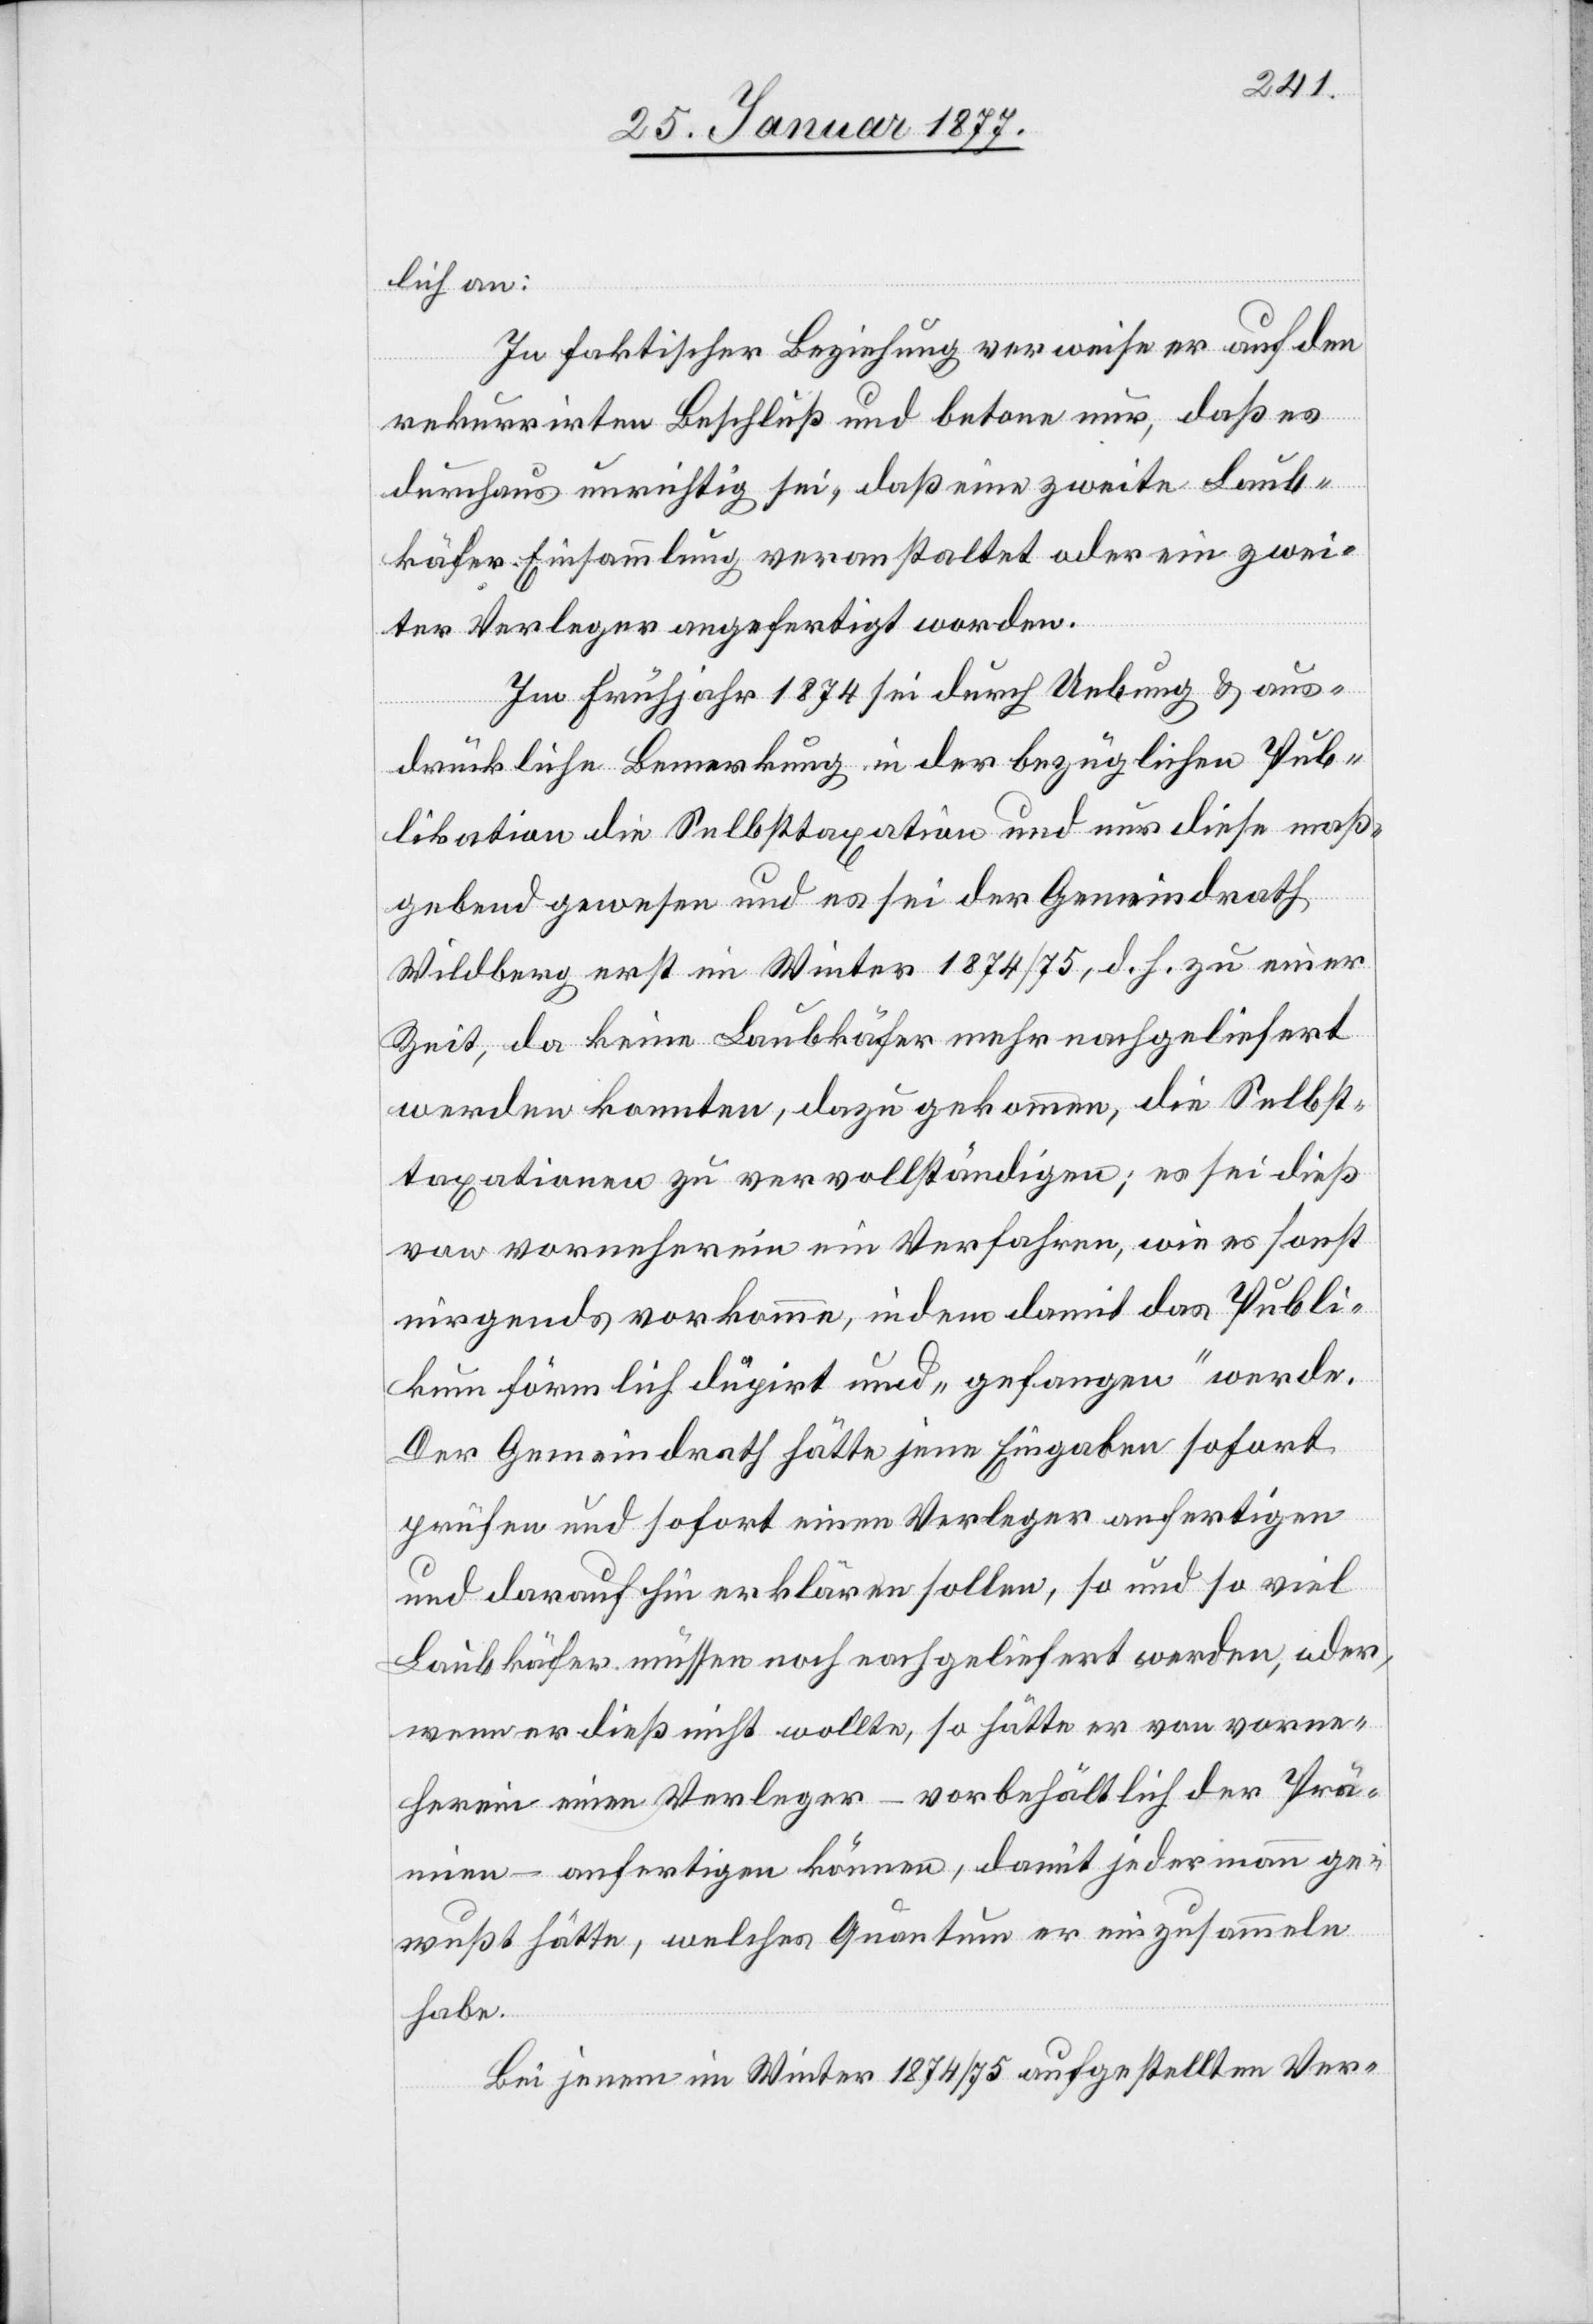
lich an:
In faktischer Beziehung verweise er auf den
rekurrirten Beschluß und betone nur, daß es
durchaus unrichtig sei, daß eine zweite Laub¬
käfer-Einsammlung veranstaltet oder ein zwei¬
ter Verleger angefertigt worden.
Im Frühjahr 1874 sei durch Uebung & aus¬
drückliche Bemerkung in der bezüglichen Pub¬
likation die Selbsttaxation und nur diese maß¬
gebend gewesen und es sei der Gemeindrath
Wildberg erst im Winter 1874/75, d. h. zu einer
Zeit, da keine Laubkäfer mehr nachgeliefert
werden konnten, dazu gekommen, die Selbst¬
taxation zu vervollständigen; es sei dieß
von vorneherein ein Verfahren, wie es sonst
nirgends vorkomme, indem damit das Publi¬
kum förmlich düpirt und „gefangen“ werde.
Der Gemeindrath hätte jene Eingabe sofort
prüfen und sofort einen Verleger anfertigen
und daraufhin erklären sollen, so und so viel
Laubkäfer müssen noch nachgeliefert werden, oder,
wenn er dieß nicht wollte, so hätte er von vorne¬
herein einen Verleger – vorbehältlich der Prä¬
mien – anfertigen können, damit jedermann ge¬
wußt hätte, welches Quantum er einzusammeln
habe.
Bei jenem im Winter 1874/75 aufgestellten Ver-